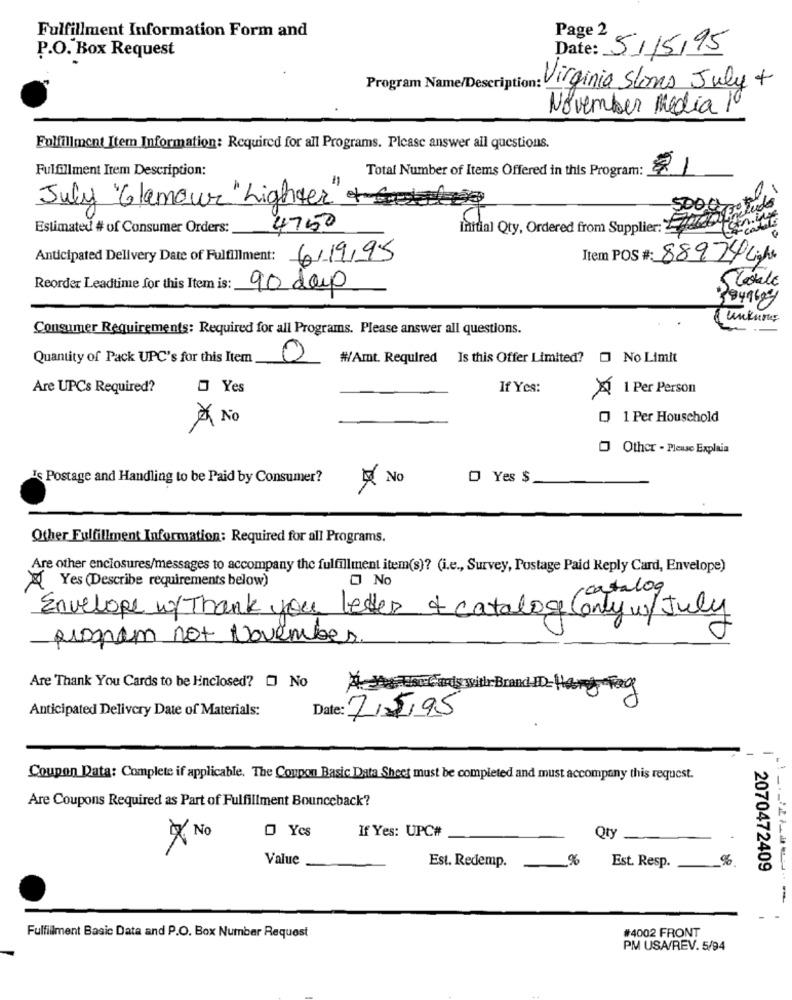
Page 2
Fulfillment Information Form and
P.O. Box Request
Date: 5/15/95
Program Name/Descri
n: Virginia Stones July +
November Media 1º
Fulfillment Item Information: Required for all Programs. Please answer all questions.
Fulfillment Irem Description:
Total Number of Items Offered in this Program:
21
July Glamour" Lighter
Estimated # of Consumer Orders:
4750
Initial Qty, Ordered from Supplier: 286
Anticipated Delivery Date of Fulfillment:
6/19/95
Item POS #: 88924 Light
Statale
Reorder Leadtime for this Item is: 90 days
3849695
& unkurs
Consumer Requirements: Required for all Programs. Please answer all questions.
Quantity of Pack UPC's for this Item
0
#/Amt. Required Is this Offer Limited?
O No Limit
Are UPCs Required?
Yes
If Yes:
1 Per Person
À No
1 Per Household
Other - Please Explain
Is Postage and Handling to be Paid by Consumer?
No
0 Yes $
Other Fulfillment Information: Required for all Programs.
Are other enclosures/messages to accompany the fulfillment item(s)? (i.e ., Survey, Postage Paid Reply Card, Envelope)
Yes (Describe requirements below)
O No
(catalog
Envelope w/ Thank you letter of catalog (only w/July
program not November.
Are Thank You Cards to be Hinclosed? [ No
A De The Cards with Brand HD-Har Fog
Anticipated Delivery Date of Materials:
Date: 7/5/95
Coupon Data: Complete if applicable. The Coupon Basic Data Sheet must be completed and must accompany this request.
Are Coupons Required as Part of Fulfillment Bounceback?
If Yes: UPC#
No
O Ycs
Qty
Value
Est. Redemp.
%
%
Est. Resp.
2070472409
--
Fulfillment Basic Data and P.O. Box Number Request
#4002 FRONT
PM USA/REV. 5/94